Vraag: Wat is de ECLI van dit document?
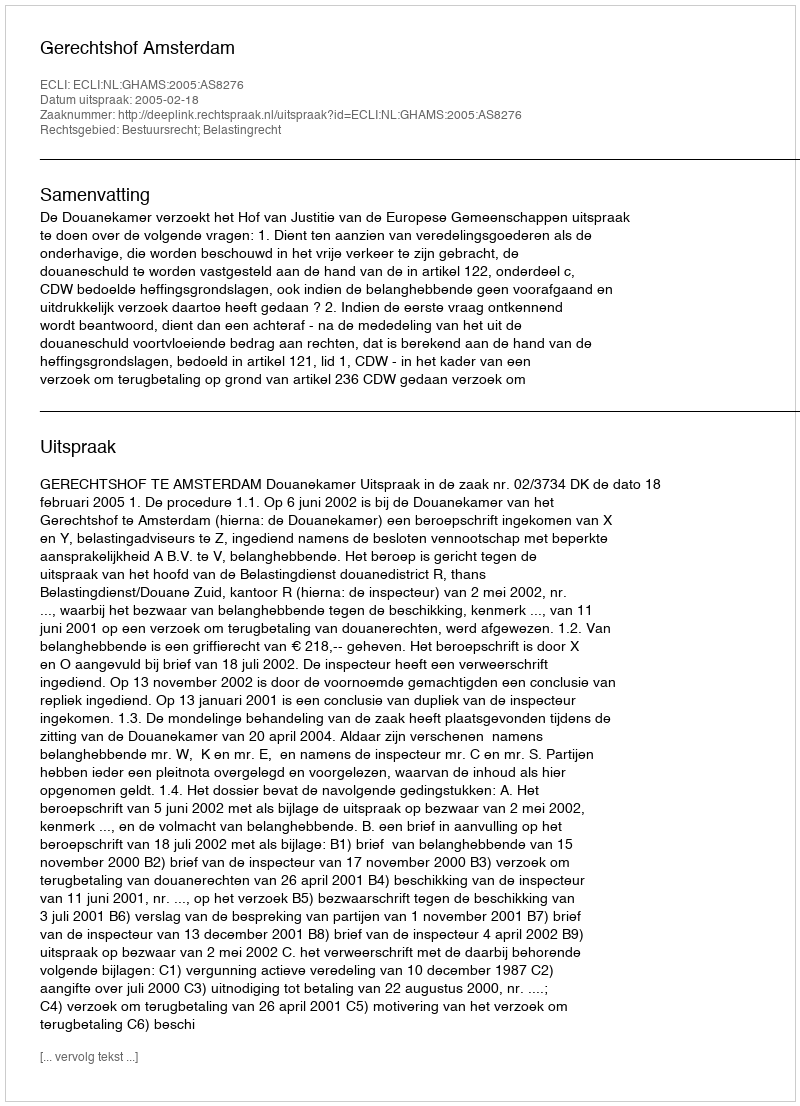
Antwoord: ECLI:NL:GHAMS:2005:AS8276